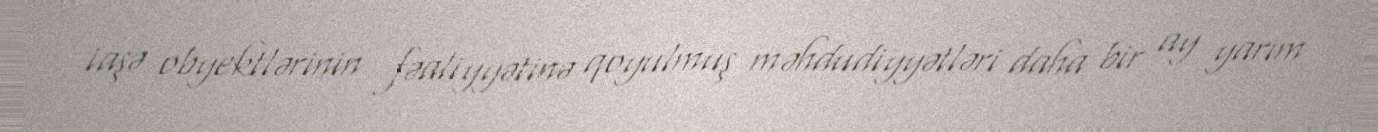
iaşə obyektlərinin fəaliyyətinə qoyulmuş məhdudiyyətləri daha bir ay yarım